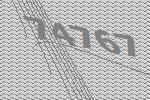
74767